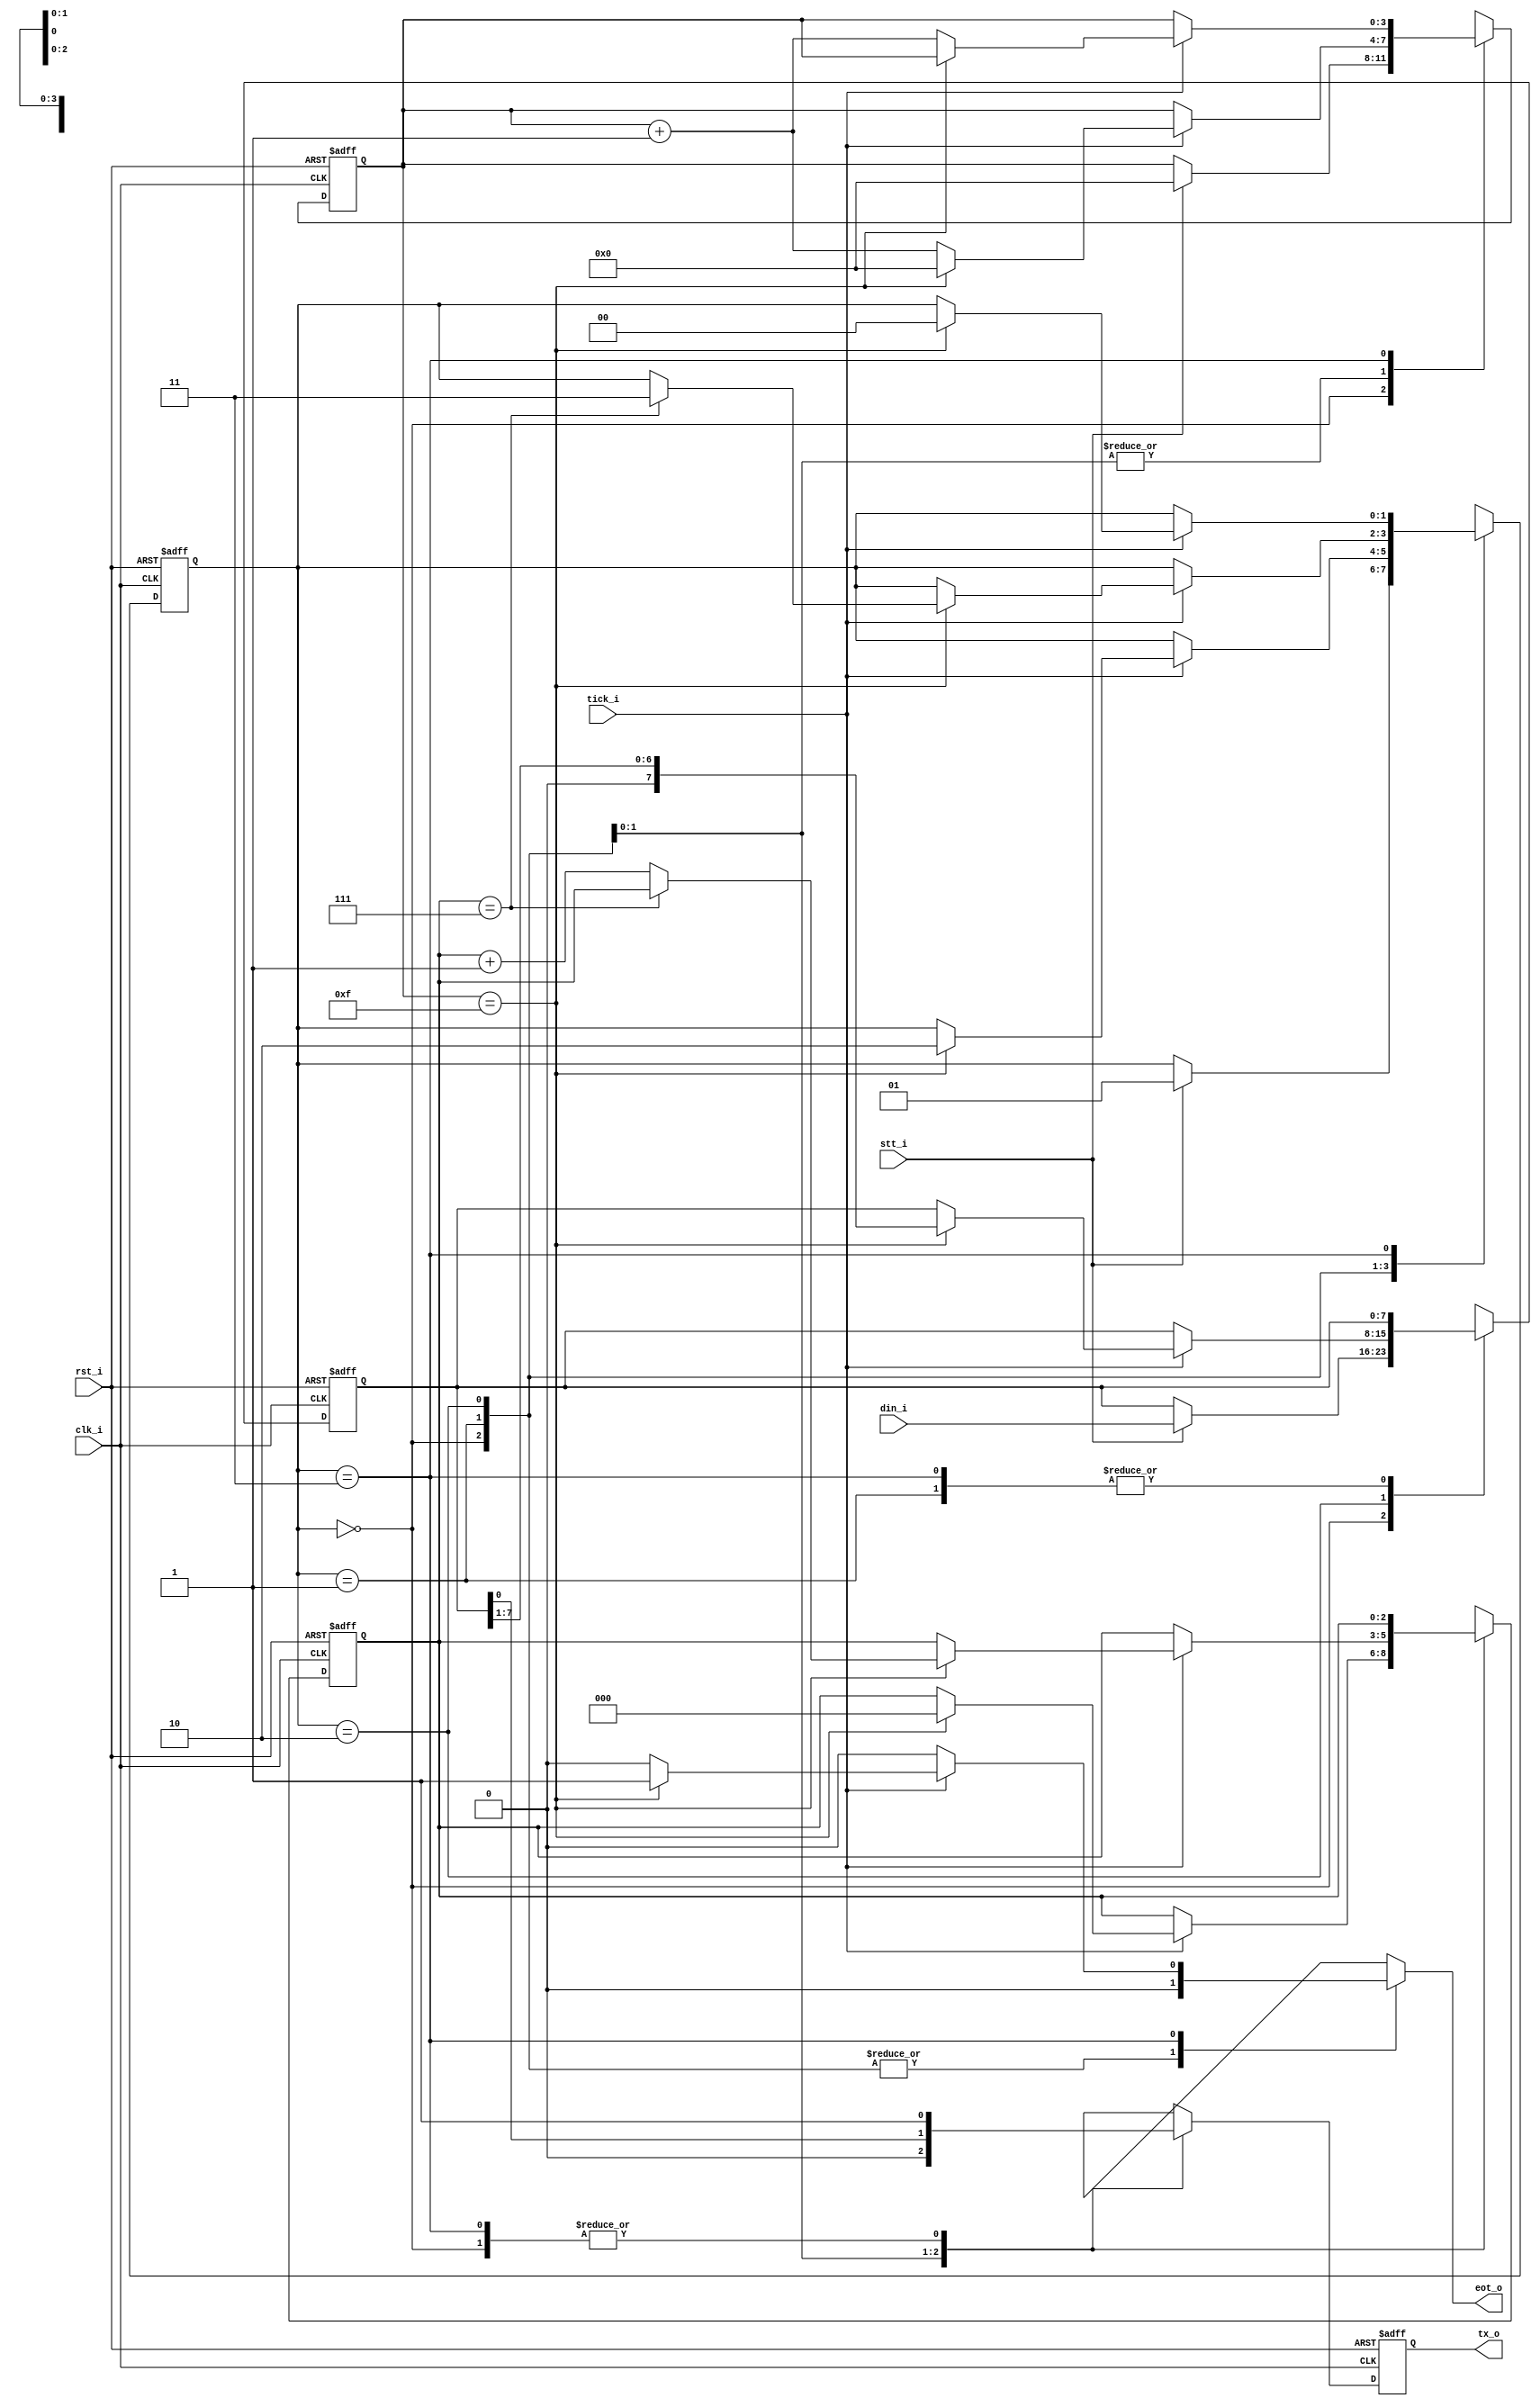
// Name: .v
//
// Description: 

module transmitter #(
  parameter Nbits  = 8,
  parameter Sticks = 16
) ( 
  input        clk_i,
  input        rst_i,
  input        stt_i,
  input        tick_i,
  input  [7:0] din_i,
  output       tx_o,
  output reg   eot_o
);

  localparam [1:0] idle  = 2'b00,
                   start = 2'b01,
                   data  = 2'b10,
                   stop  = 2'b11;

  reg [1:0] state_reg, state_next;  // state register
  reg [3:0] s_reg    , s_next;      // number of sample ticks
  reg [2:0] n_reg    , n_next;      // number bits transmited
  reg [7:0] b_reg    , b_next;      // shift register
  reg       tx_reg   , tx_next;     // 1 bit buffer
  
  always @(posedge clk_i, posedge rst_i) begin
    if (rst_i) begin 
      state_reg <= idle;
          s_reg <= 0;
          n_reg <= 0;
          b_reg <= 0;
         tx_reg <= 1'b1;
    end else begin
      state_reg <= state_next;
          s_reg <= s_next;
          n_reg <= n_next;
          b_reg <= b_next;
         tx_reg <= tx_next;
    end
  end
  
  always @(*) begin
    state_next = state_reg;
    eot_o   = 1'b0;
    s_next  = s_reg;
    n_next  = n_reg;
    b_next  = b_reg;
    tx_next = tx_reg;
    case (state_reg)
      idle: begin
              tx_next = 1'b1;
              if (stt_i) begin
                state_next = start;
                s_next = 0;
                b_next = din_i;
              end
            end
     start: begin
              tx_next = 1'b0;
              if (tick_i) begin
                if (s_reg == 15) begin
                  state_next = data;
                  s_next = 0;
                  n_next = 0;
                end else begin
                  s_next = s_reg + 1;
                end
              end
            end
      data: begin
              tx_next = b_reg[0];
              if (tick_i) begin
                if (s_reg == 15) begin
                  s_next = 0;
                  b_next = b_reg >> 1;
                  if (n_reg == (Nbits-1)) begin
                    state_next = stop;
                  end else begin
                    n_next = n_reg + 1;
                  end
                end else begin
                  s_next = s_reg + 1;
                end
              end
            end
      stop: begin
              tx_next = 1'b1;
              if (tick_i) begin
                if (s_reg == (Sticks-1)) begin
                  state_next = idle;
                  eot_o = 1'b1;
                end else begin
                  s_next = s_reg + 1;
                end
              end
            end
    endcase
  end
  
  assign tx_o = tx_reg;
  
endmodule